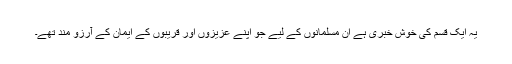
یہ ایک قسم کی خوش خبری ہے ان مسلمانوں کے لیے جو اپنے عزیزوں اور قریبوں کے ایمان کے آرزو مند تھے۔